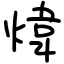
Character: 煒